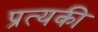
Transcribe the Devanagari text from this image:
प्रत्यकी